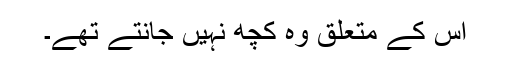
اس کے متعلق وہ کچھ نہیں جانتے تھے۔